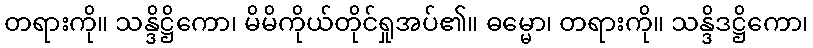
တရားကို။ သန္ဒိဋ္ဌိကော၊ မိမိကိုယ်တိုင်ရှုအပ်၏။ ဓမ္မော၊ တရားကို။ သန္ဒိဒဋ္ဌိကော၊